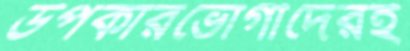
উপকারভোগীদেরই